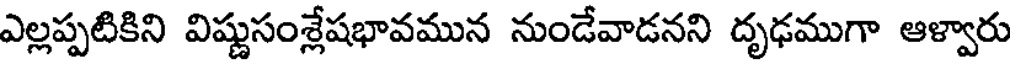
ఎల్లప్పటికిని విష్ణుసంశ్లేషభావమున నుండేవాడనని దృఢముగా ఆళ్వారు